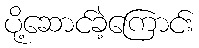
ပို့ဆောင်ခဲ့ကြောင်း